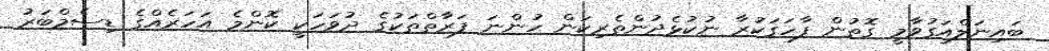
ބައިނަލްއަގުވާމީ ގޮތުން ފާހަގަކުރާ ނުކުޅެދުންތެރިކަން ހުންނަ ފަރާތްތަކުގެ ދުވަހަކީ ކޮންމެ އަހަރެއްގެ ޑިސެމްބަރު